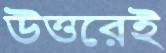
উত্তরেই